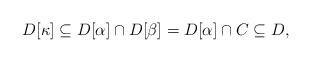
LaTeX: \begin{align*}D[\kappa]\subseteq D[\alpha]\cap D[\beta]= D[\alpha]\cap C\subseteq D,\end{align*}